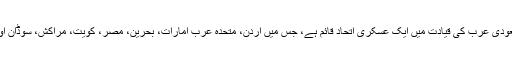
یمن کی جنگ میں سعودی عرب کی قیادت میں ایک عسکری اتحاد قائم ہے، جس میں اردن، متحدہ عرب امارات، بحرین، مصر، کویت، مراکش، سوڈان اور سینیگال شامل ہیں۔